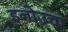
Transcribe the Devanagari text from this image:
इनोउचा